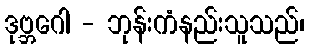
ဒုဗ္ဘဂေါ - ဘုန်းကံနည်းသူသည်၊